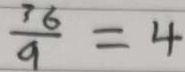
\frac { 3 6 } { 9 } = 4